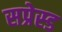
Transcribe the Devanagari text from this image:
सप्रेस्ड